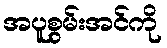
အပူစွမ်းအင်ကို